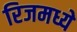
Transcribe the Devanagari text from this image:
रिजमध्ये